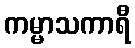
ကမ္မာသကာရီ